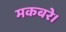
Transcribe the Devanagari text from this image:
मकबरे।